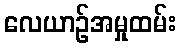
လေယာဉ်အမှုထမ်း